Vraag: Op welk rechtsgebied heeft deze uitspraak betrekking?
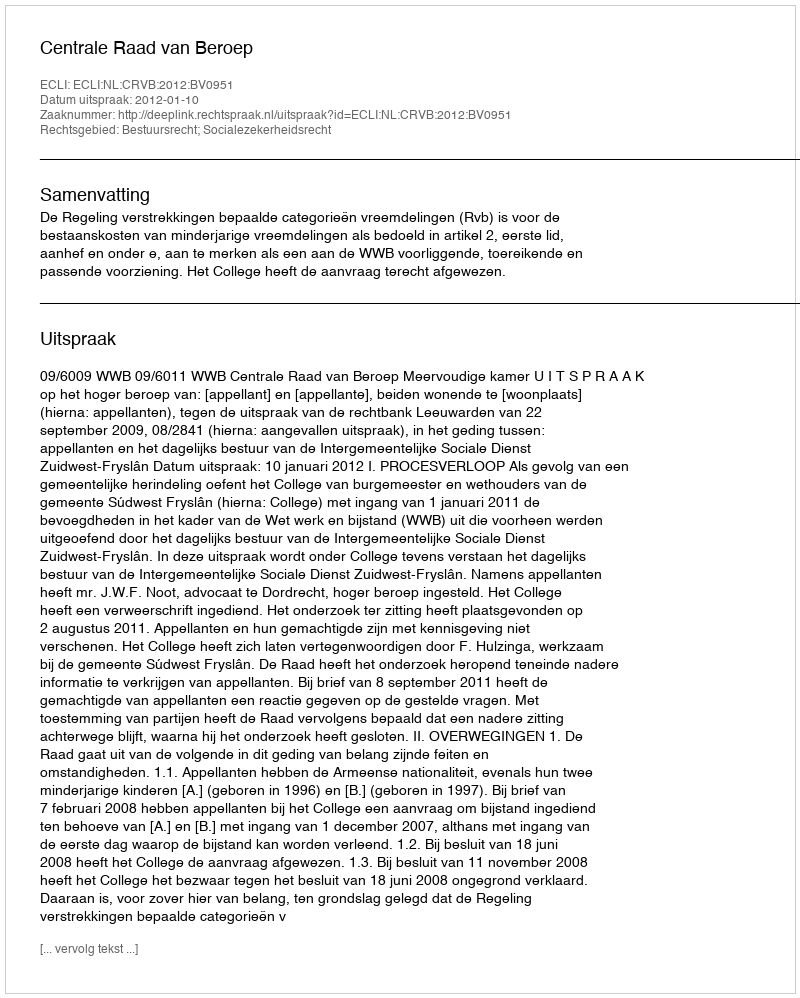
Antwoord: Bestuursrecht; Socialezekerheidsrecht